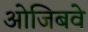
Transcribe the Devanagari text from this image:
ओजिबवे